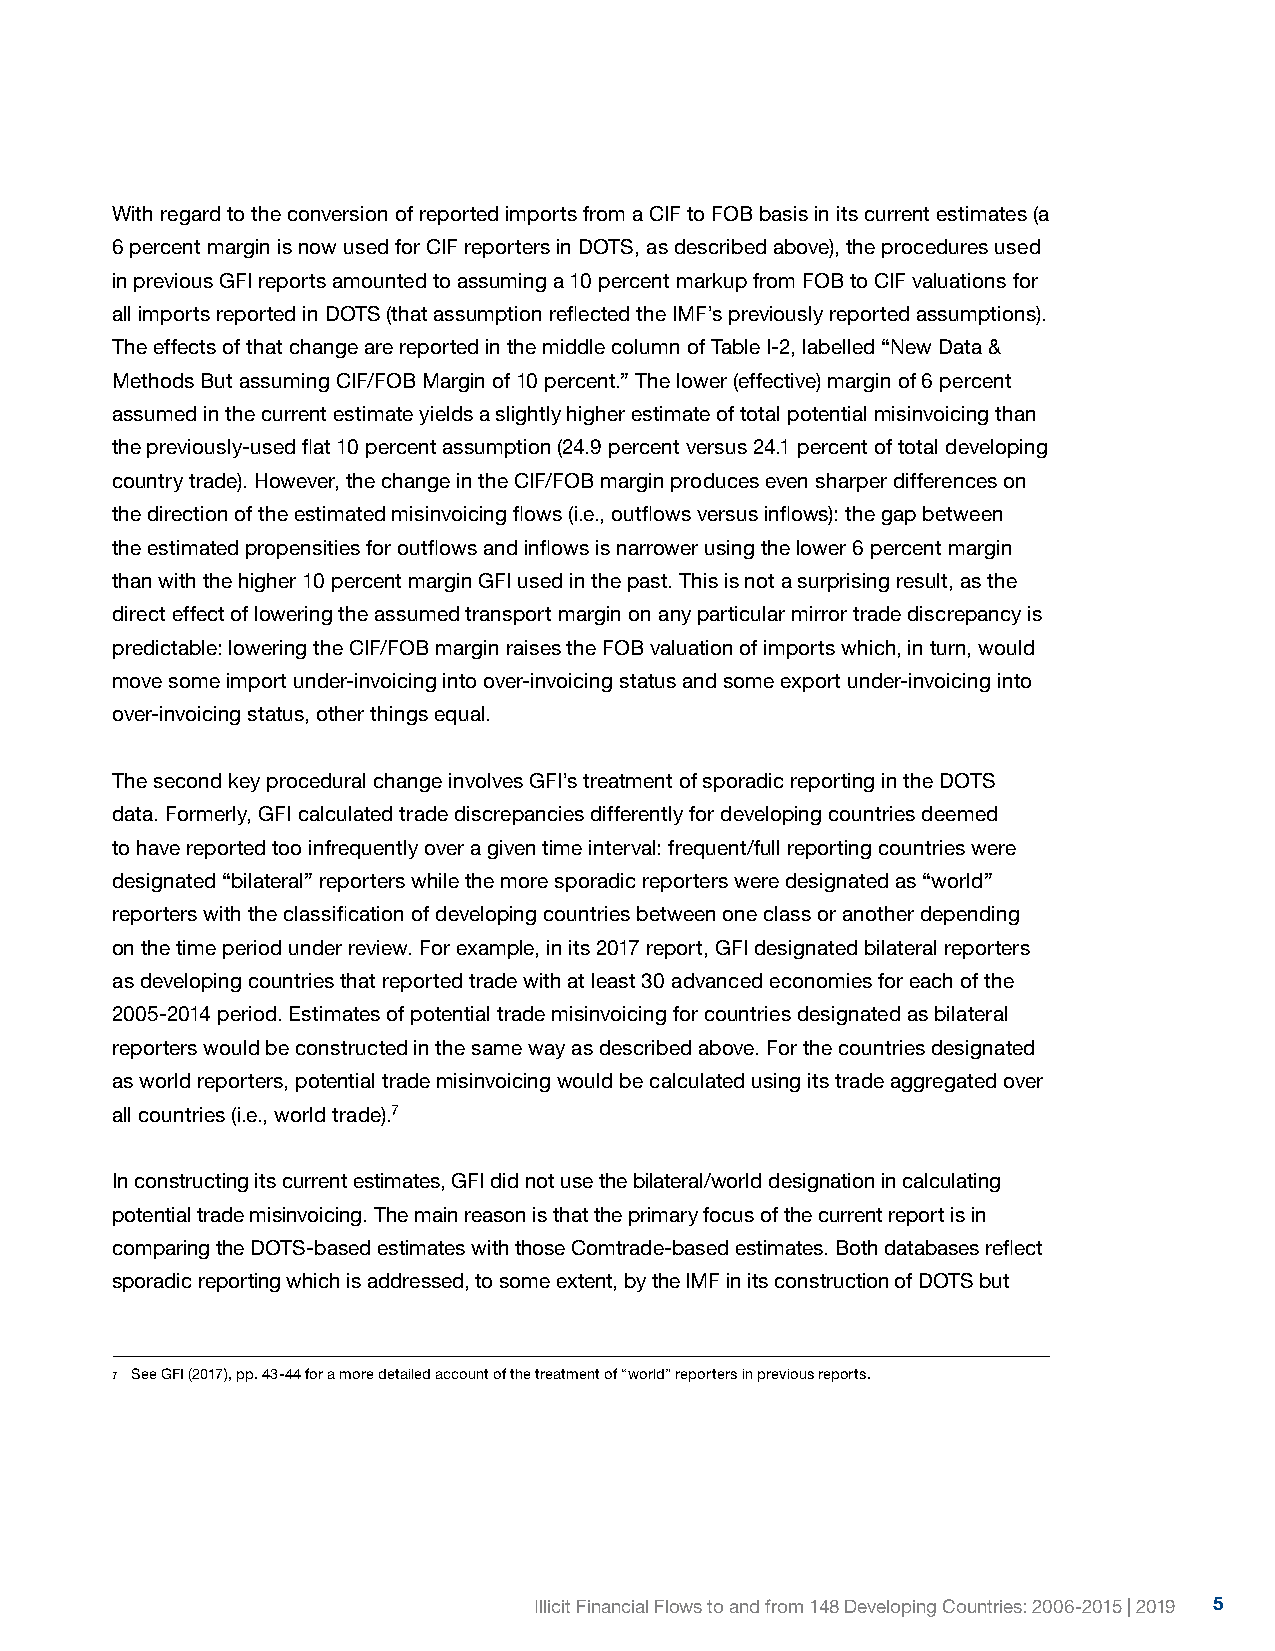
With regard to the conversion of reported imports from a CIF to FOB basis in its current estimates (a
 6 percent margin is now used for CIF reporters in DOTS, as described above), the procedures used
 in previous GFI reports amounted to assuming a 10 percent markup from FOB to CIF valuations for
 all imports reported in DOTS (that assumption reflected the IMF’s previously reported assumptions).
 The effects of that change are reported in the middle column of Table I-2, labelled “New Data &
 Methods But assuming CIF/FOB Margin of 10 percent.” The lower (effective) margin of 6 percent
 assumed in the current estimate yields a slightly higher estimate of total potential misinvoicing than
 the previously-used flat 10 percent assumption (24.9 percent versus 24.1 percent of total developing
 country trade). However, the change in the CIF/FOB margin produces even sharper differences on
 the direction of the estimated misinvoicing flows (i.e., outflows versus inflows): the gap between
 the estimated propensities for outflows and inflows is narrower using the lower 6 percent margin
 than with the higher 10 percent margin GFI used in the past. This is not a surprising result, as the
 direct effect of lowering the assumed transport margin on any particular mirror trade discrepancy is
 predictable: lowering the CIF/FOB margin raises the FOB valuation of imports which, in turn, would
 move some import under-invoicing into over-invoicing status and some export under-invoicing into
 over-invoicing status, other things equal.
 The second key procedural change involves GFI’s treatment of sporadic reporting in the DOTS
 data. Formerly, GFI calculated trade discrepancies differently for developing countries deemed
 to have reported too infrequently over a given time interval: frequent/full reporting countries were
 designated “bilateral” reporters while the more sporadic reporters were designated as “world”
 reporters with the classification of developing countries between one class or another depending
 on the time period under review. For example, in its 2017 report, GFI designated bilateral reporters
 as developing countries that reported trade with at least 30 advanced economies for each of the
 2005-2014 period. Estimates of potential trade misinvoicing for countries designated as bilateral
 reporters would be constructed in the same way as described above. For the countries designated
 as world reporters, potential trade misinvoicing would be calculated using its trade aggregated over
 all countries (i.e., world trade).7
 In constructing its current estimates, GFI did not use the bilateral/world designation in calculating
 potential trade misinvoicing. The main reason is that the primary focus of the current report is in
 comparing the DOTS-based estimates with those Comtrade-based estimates. Both databases reflect
 sporadic reporting which is addressed, to some extent, by the IMF in its construction of DOTS but
 7 See GFI (2017), pp. 43-44 for a more detailed account of the treatment of “world” reporters in previous reports.
 Illicit Financial Flows to and from 148 Developing Countries: 2006-2015 | 2019 5